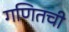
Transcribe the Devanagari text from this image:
गणितची